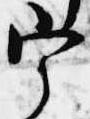
宰